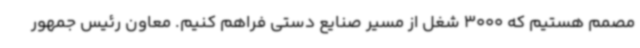
مصمم هستیم که 3000 شغل از مسیر صنایع دستی فراهم کنیم. معاون رئیس جمهور